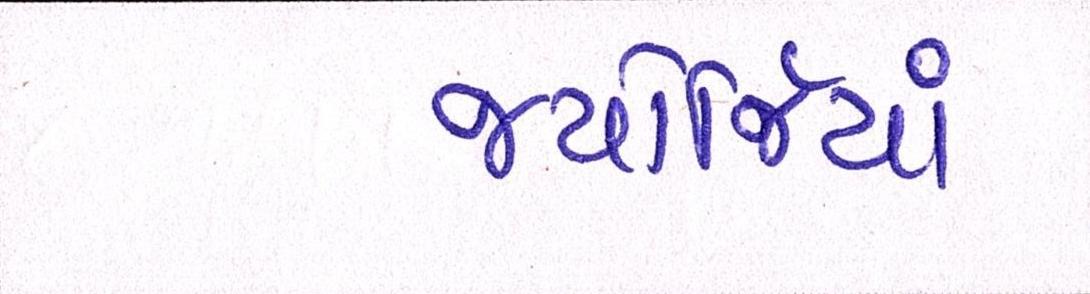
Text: જ્યોર્જિયાં